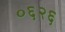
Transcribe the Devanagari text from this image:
०६२६